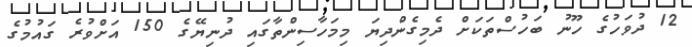
12 ދުވަހުގެ ހޫނު ބަހުސްތަކަށް ދެމިގެންދިޔަ މިމަހާސިންތާގައި ދުނިޔޭގެ 150 އަށްވުރެ ގައުމުގެ